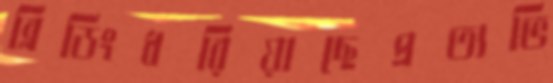
ব্লিডিংধরিয়াছেপ্রত্যভি